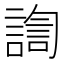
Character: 𰵀